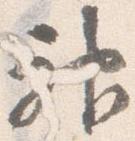
神